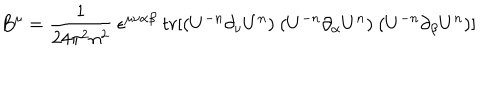
B ^ { \mu } = \frac { 1 } { 2 4 \pi ^ { 2 } n ^ { 2 } } ~ \epsilon ^ { \mu \nu \alpha \beta } ~ t r [ ( U ^ { - n } \partial _ { \nu } U ^ { n } ) ~ ( U ^ { - n } \partial _ { \alpha } U ^ { n } ) ~ ( U ^ { - n } \partial _ { \beta } U ^ { n } ) ]